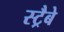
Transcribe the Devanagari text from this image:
स्ट्रैबे